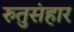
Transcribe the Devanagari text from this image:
रुतुसंहार